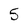
Character: 5